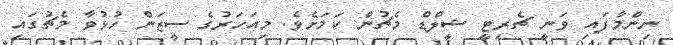
ނިންމާފައި ވަނީ ޗެރިޓީ ޝީލްޑް މެޗުން ކަމަށެވެ. މިއަހަރުގެ ސީޒަން ހުޅުވާ މެޗުގައި